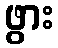
ဖွား